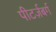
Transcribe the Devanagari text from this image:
पीटर्ज़बर्ग